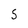
Character: 5